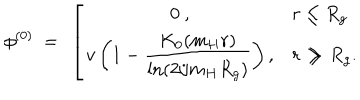
LaTeX: \phi ^ { ( 0 ) } \ = \ \left[ \begin{array} { c l } { { \displaystyle 0 \ , } } & { { r \le R _ { g } } } \\ { { \displaystyle v \left( 1 - \frac { K _ { 0 } ( m _ { H } r ) } { \ln ( 2 / m _ { H } R _ { g } ) } \right) , } } & { { r \gg R _ { g } . } } \\ \end{array} \right.